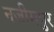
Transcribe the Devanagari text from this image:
नजीमपुर